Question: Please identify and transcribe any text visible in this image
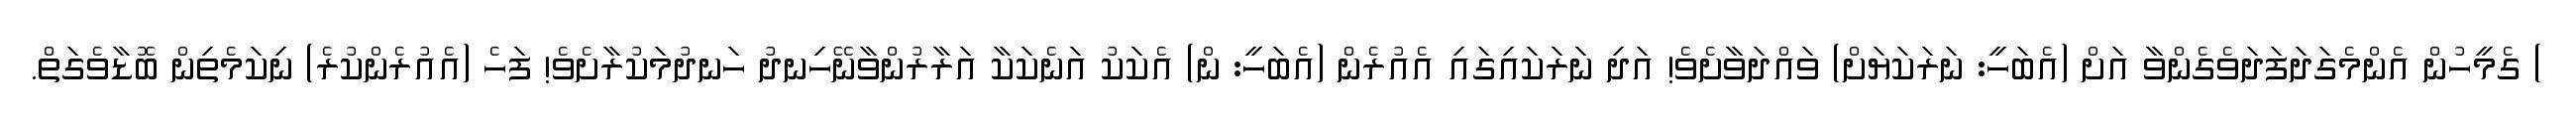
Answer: ) ގެމީހުން އެންމެގަދަފަދަވެގެންވާ އަށް (އެބަހީ: ނަރަކަޔަށް) ވައްދަވާށެވެ! އަދި ނަރަކައިގައި އެއުރެން (އެބަހީ: ން) އެކަކު އަނެކަކާ އަރާރުންވާނޭހިނދު ހަނދުމަކުރާށެވެ! ފަހެ (އެއުރެންކުރެ) ނިކަމެތިން ބޮޑާވެގަތް.